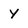
Character: Y